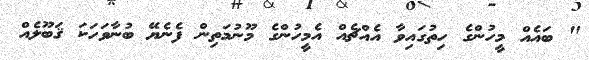
" ބައެއް މީހުންގެ ހިތުގައިވާ އެއްޗެއް އެމީހުންގެ މޫނުމަތިން ފެނެޔޭ ބުނާވަހަކަ ޤަބޫލެއް